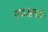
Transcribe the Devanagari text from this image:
एफआरसी